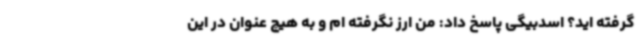
گرفته اید؟ اسدبیگی پاسخ داد: من ارز نگرفته ام و به هیچ عنوان در این